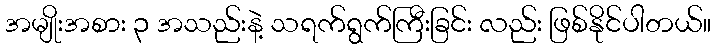
အမျိုးအစား ၃ အသည်းနဲ့ သရက်ရွက်ကြီးခြင်း လည်း ဖြစ်နိုင်ပါတယ်။